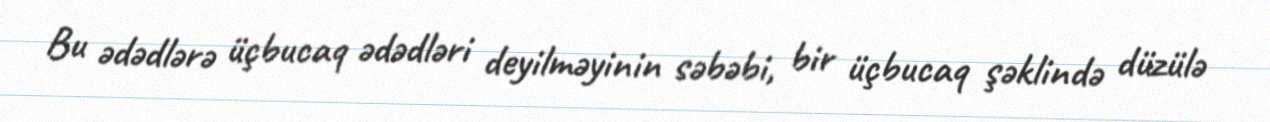
Bu ədədlərə üçbucaq ədədləri deyilməyinin səbəbi, bir üçbucaq şəklində düzülə